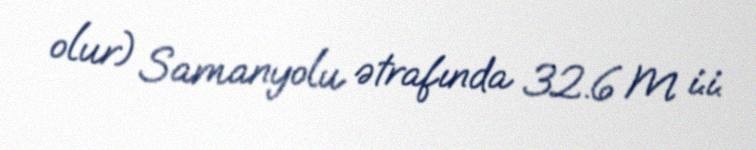
olur) Samanyolu ətrafında 32.6 M i.i.